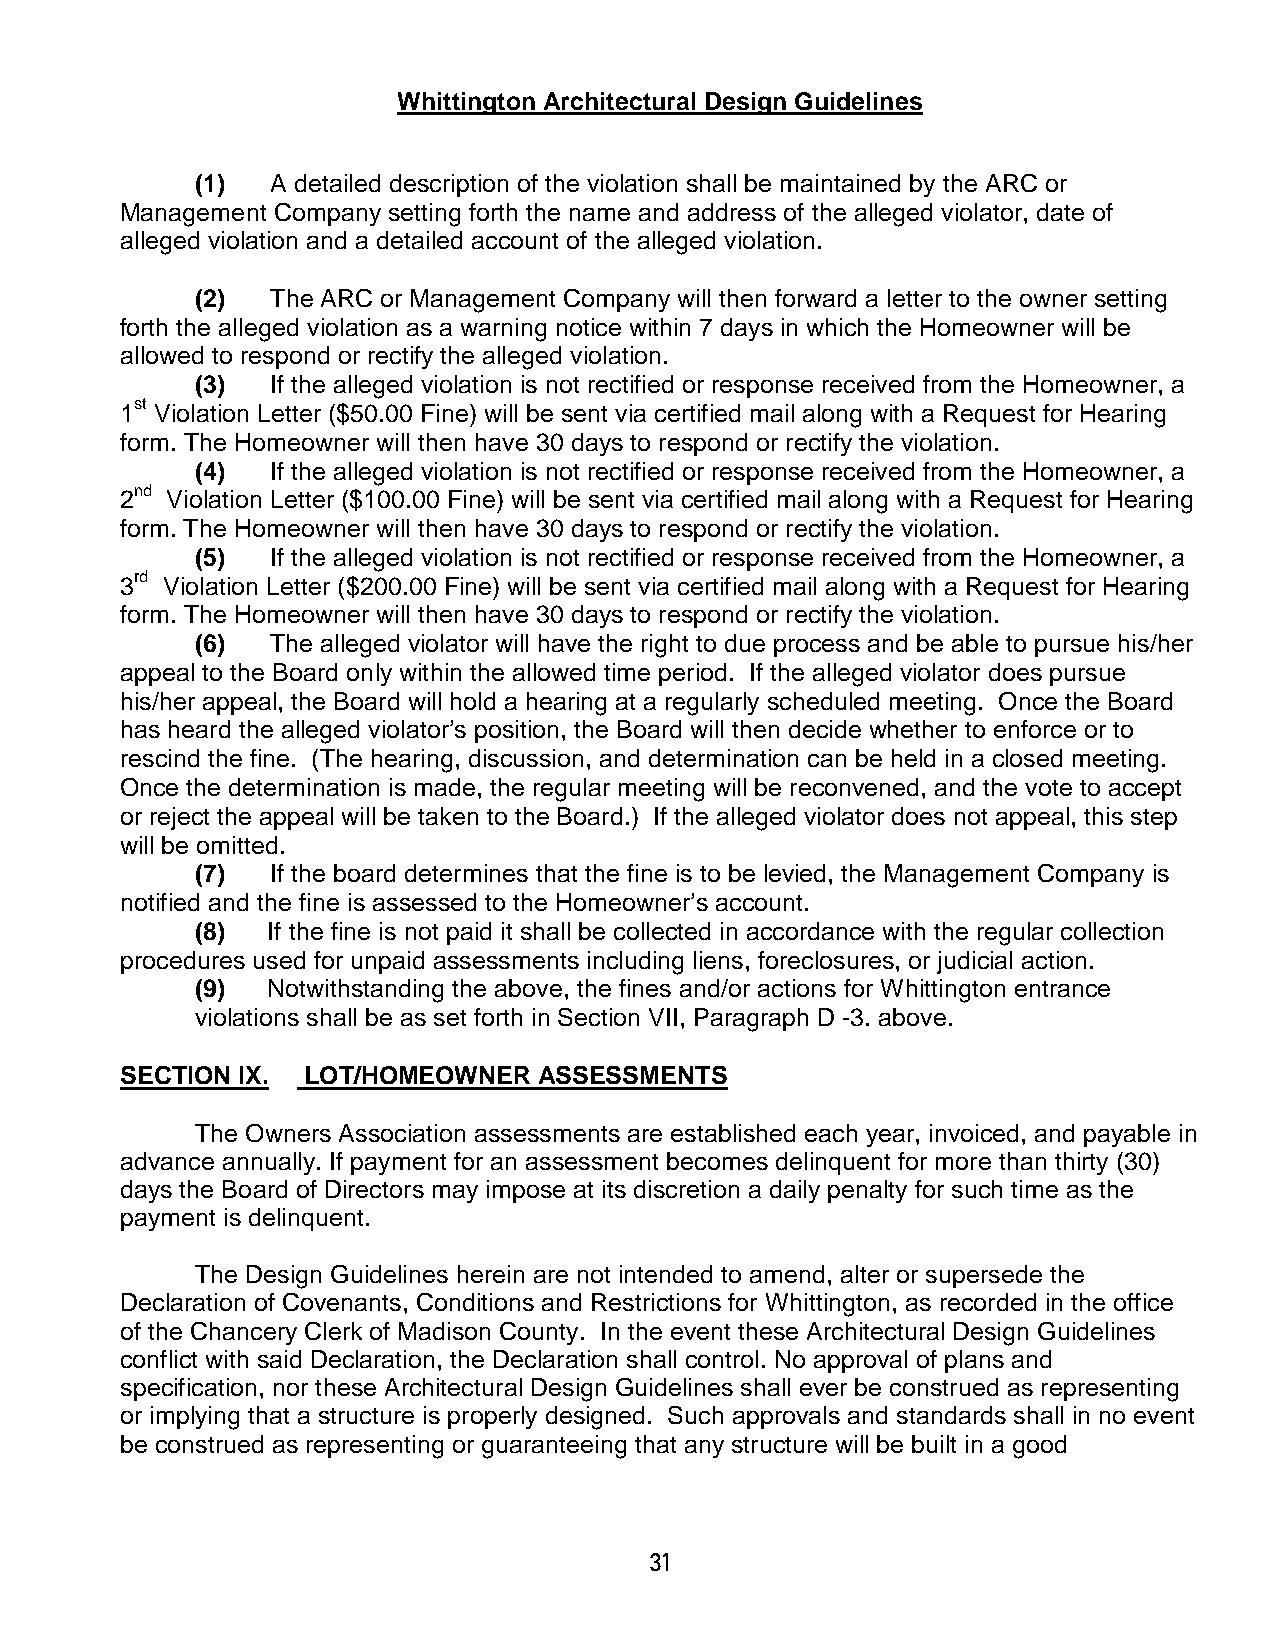
Whittington Architectural Design Guidelines
 (1)  A detailed description of the violation shall be maintained by the ARC or
 Management Company setting forth the name and address of the alleged violator, date of
 alleged violation and a detailed account of the alleged violation.
 (2)  The ARC or Management Company will then forward a letter to the owner setting
 forth the alleged violation as a warning notice within 7 days in which the Homeowner will be
 allowed to respond or rectify the alleged violation.
 (3)  If the alleged violation is not rectified or response received from the Homeowner, a
 1st Violation Letter ($50.00 Fine) will be sent via certified mail along with a Request for Hearing
 form. The Homeowner will then have 30 days to respond or rectify the violation.
 (4)  If the alleged violation is not rectified or response received from the Homeowner, a
 2nd Violation Letter ($100.00 Fine) will be sent via certified mail along with a Request for Hearing
 form. The Homeowner will then have 30 days to respond or rectify the violation.
 (5)  If the alleged violation is not rectified or response received from the Homeowner, a
 3rd Violation Letter ($200.00 Fine) will be sent via certified mail along with a Request for Hearing
 form. The Homeowner will then have 30 days to respond or rectify the violation.
 (6)  The alleged violator will have the right to due process and be able to pursue his/her
 appeal to the Board only within the allowed time period. If the alleged violator does pursue
 his/her appeal, the Board will hold a hearing at a regularly scheduled meeting. Once the Board
 has heard the alleged violator’s position, the Board will then decide whether to enforce or to
 rescind the fine. (The hearing, discussion, and determination can be held in a closed meeting.
 Once the determination is made, the regular meeting will be reconvened, and the vote to accept
 or reject the appeal will be taken to the Board.) If the alleged violator does not appeal, this step
 will be omitted.
 (7)  If the board determines that the fine is to be levied, the Management Company is
 notified and the fine is assessed to the Homeowner’s account.
 (8)  If the fine is not paid it shall be collected in accordance with the regular collection
 procedures used for unpaid assessments including liens, foreclosures, or judicial action.
 (9)  Notwithstanding the above, the fines and/or actions for Whittington entrance
 violations shall be as set forth in Section VII, Paragraph D -3. above.
 SECTION IX. LOT/HOMEOWNER   ASSESSMENTS
 The Owners Association assessments are established each year, invoiced, and payable in
 advance annually. If payment for an assessment becomes delinquent for more than thirty (30)
 days the Board of Directors may impose at its discretion a daily penalty for such time as the
 payment is delinquent.
 The Design Guidelines herein are not intended to amend, alter or supersede the
 Declaration of Covenants, Conditions and Restrictions for Whittington, as recorded in the office
 of the Chancery Clerk of Madison County. In the event these Architectural Design Guidelines
 conflict with said Declaration, the Declaration shall control. No approval of plans and
 specification, nor these Architectural Design Guidelines shall ever be construed as representing
 or implying that a structure is properly designed. Such approvals and standards shall in no event
 be construed as representing or guaranteeing that any structure will be built in a good
 31